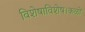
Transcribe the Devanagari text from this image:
विशेषाविशेष।कळों